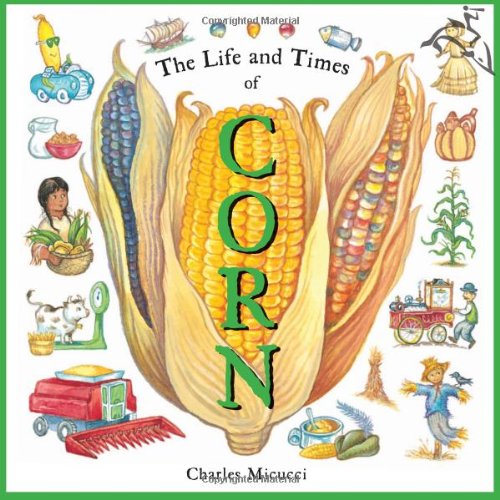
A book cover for The Life and Times of Corn; Charles Micucci; Children's Books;